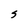
Character: S